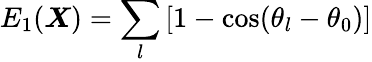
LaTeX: E_{1}(\boldsymbol{X})=\sum_{l}\left[1-\cos(\theta_{l}-\theta_{0})\right]